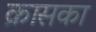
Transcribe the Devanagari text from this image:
क्रासका